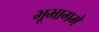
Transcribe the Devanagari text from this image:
भूभागमे